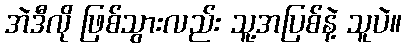
အဲဒီလို ဖြစ်သွားလည်း သူ့အပြစ်နဲ့ သူပဲ။